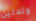
وثلاثين